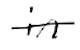
Text: in
Cross-out: single-line
Writing tool: digital_black